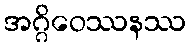
အဂ္ဂိဝေဿနဿ